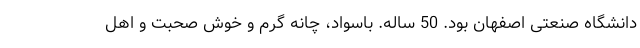
دانشگاه صنعتی اصفهان بود. 50 ساله. باسواد، چانه گرم و خوش صحبت و اهل